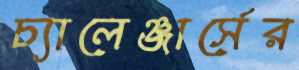
চ্যালেঞ্জার্সের